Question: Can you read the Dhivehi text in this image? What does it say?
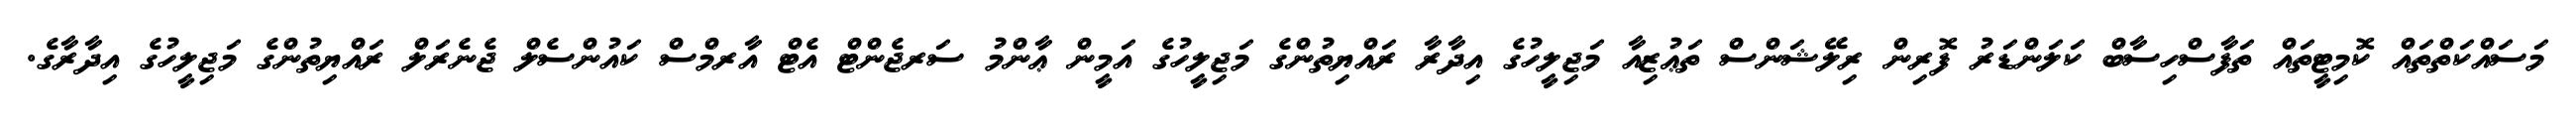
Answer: މަސައްކަތްތައް ކޮމިޓީތައް ތަފާސްހިސާބް ކަލަންޑަރު ފޮރިން ރިލޭޝަންސް ތަޢުޒިއާ މަޖިލީހުގެ އިދާރާ ރައްޔިތުންގެ މަޖިލީހުގެ އަމީން ޢާންމު ސަރޖެންޓް އެޓް އާރމްސް ކައުންސެލް ޖެނެރަލް ރައްޔިތުންގެ މަޖިލީހުގެ އިދާރާގެ.